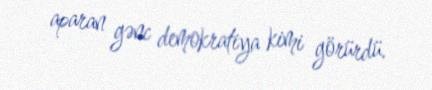
aparan gənc demokratiya kimi görürdü.